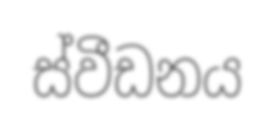
ස්වීඩනය